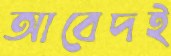
আবেদই